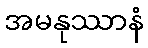
အမနုဿာနံ